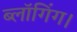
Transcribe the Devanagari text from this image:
ब्लॉगिंग।